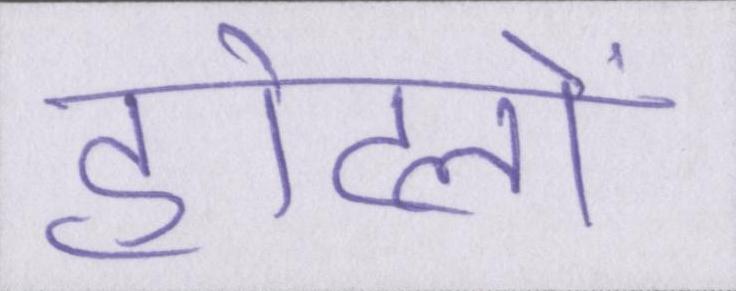
होटलों